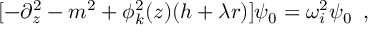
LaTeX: [ - \partial _ { z } ^ { 2 } - m ^ { 2 } + \phi _ { k } ^ { 2 } ( z ) ( h + \lambda r ) ] \psi _ { 0 } = \omega _ { i } ^ { 2 } \psi _ { 0 } \, \ ,